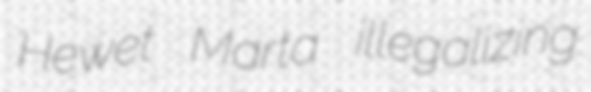
Hewet Marta illegalizing